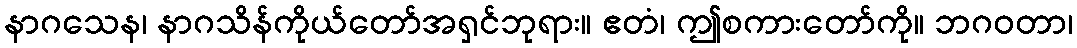
နာဂသေန၊ နာဂသိန်ကိုယ်တော်အရှင်ဘုရား။ ဧတံ၊ ဤစကားတော်ကို။ ဘဂဝတာ၊